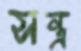
সন্ত্র